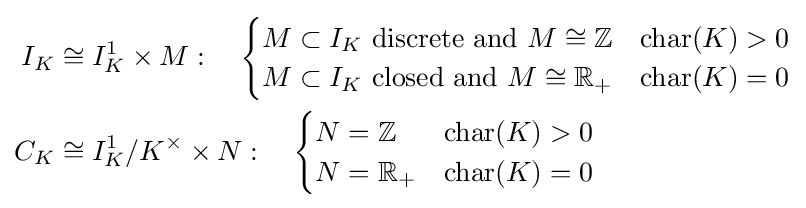
{\begin{aligned}I_{K}&\cong I_{K}^{1}\times M:\quad {\begin{cases}M\subset I_{K}{\text{ discrete and }}M\cong \mathbb {Z} &\operatorname {char} (K)>0\\M\subset I_{K}{\text{ closed and }}M\cong \mathbb {R} _{+}&\operatorname {char} (K)=0\end{cases}}\\C_{K}&\cong I_{K}^{1}/K^{\times }\times N:\quad {\begin{cases}N=\mathbb {Z} &\operatorname {char} (K)>0\\N=\mathbb {R} _{+}&\operatorname {char} (K)=0\end{cases}}\end{aligned}}